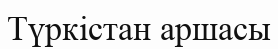
Түркістан аршасы